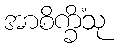
အာစိက္ခိံသု